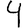
Digit: 4